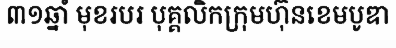
៣១ឆ្នាំ មុខរបរ បុគ្គលិកក្រុមហ៊ុនខេមបូឌា